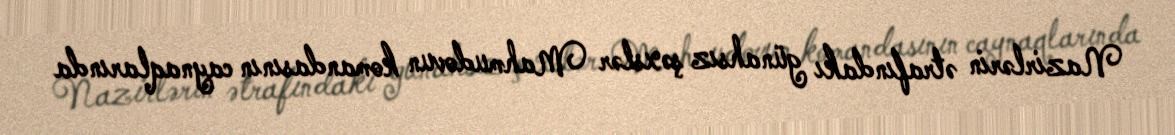
Nazirlərin ətrafındakı günahsız şəxslər Mahmudovun komandasının caynaqlarında